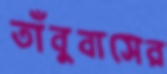
তাঁবুবাসের